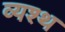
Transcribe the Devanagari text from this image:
व्यश्थ